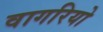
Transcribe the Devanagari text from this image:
वागरियो